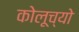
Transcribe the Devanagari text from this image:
कोलूच्यो